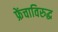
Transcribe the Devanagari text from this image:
फ्रेंचाविरुद्ध